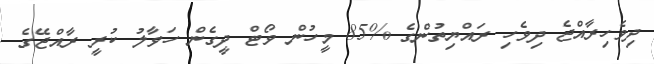
ދިވެހިރާއްޖެ ދިވެހި ރައްޔިތުންގެ %85 މީހުން ވޯޓް ދީގެން ހަވާލު ކުރީ ރާއްޖޭގެ